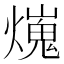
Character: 𤐜